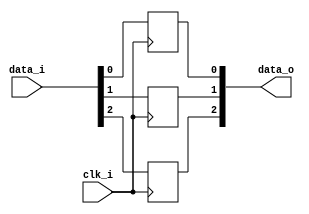
// This program was cloned from: https://github.com/NYU-MLDA/OpenABC
// License: BSD 3-Clause "New" or "Revised" License

module bsg_dff_width_p3_harden_p1
(
  clk_i,
  data_i,
  data_o
);

  input [2:0] data_i;
  output [2:0] data_o;
  input clk_i;
  wire [2:0] data_o;
  reg data_o_2_sv2v_reg,data_o_1_sv2v_reg,data_o_0_sv2v_reg;
  assign data_o[2] = data_o_2_sv2v_reg;
  assign data_o[1] = data_o_1_sv2v_reg;
  assign data_o[0] = data_o_0_sv2v_reg;

  always @(posedge clk_i) begin
    if(1'b1) begin
      data_o_2_sv2v_reg <= data_i[2];
    end 
  end


  always @(posedge clk_i) begin
    if(1'b1) begin
      data_o_1_sv2v_reg <= data_i[1];
    end 
  end


  always @(posedge clk_i) begin
    if(1'b1) begin
      data_o_0_sv2v_reg <= data_i[0];
    end 
  end


endmodule